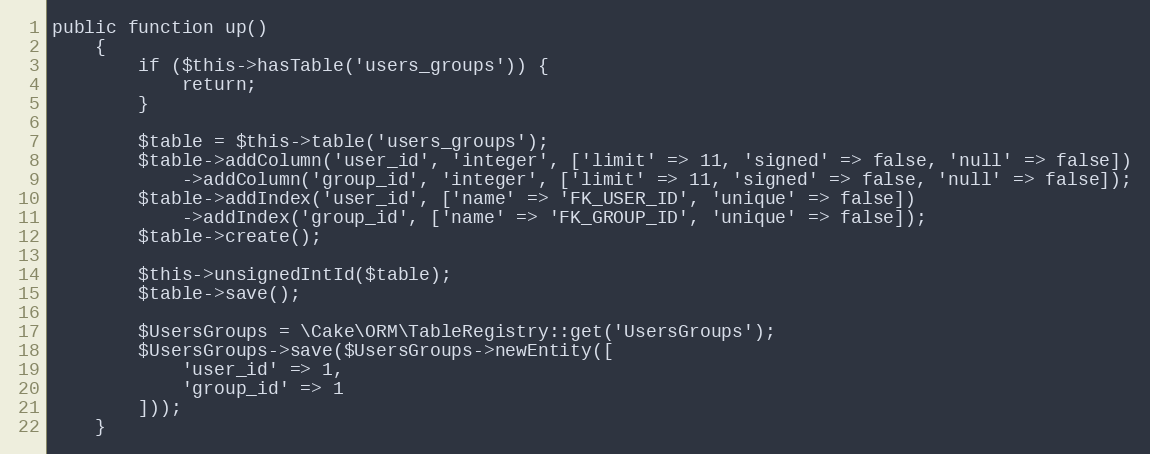
Language: PHP
public function up()
    {
        if ($this->hasTable('users_groups')) {
            return;
        }

        $table = $this->table('users_groups');
        $table->addColumn('user_id', 'integer', ['limit' => 11, 'signed' => false, 'null' => false])
            ->addColumn('group_id', 'integer', ['limit' => 11, 'signed' => false, 'null' => false]);
        $table->addIndex('user_id', ['name' => 'FK_USER_ID', 'unique' => false])
            ->addIndex('group_id', ['name' => 'FK_GROUP_ID', 'unique' => false]);
        $table->create();

        $this->unsignedIntId($table);
        $table->save();

        $UsersGroups = \Cake\ORM\TableRegistry::get('UsersGroups');
        $UsersGroups->save($UsersGroups->newEntity([
            'user_id' => 1,
            'group_id' => 1
        ]));
    }